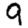
Digit: 9